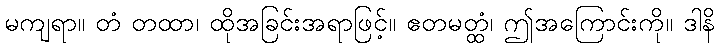
မကျရာ။ တံ တထာ၊ ထိုအခြင်းအရာဖြင့်။ ဧတမတ္ထံ၊ ဤအကြောင်းကို။ ဒါနိ